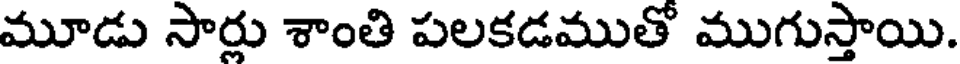
మూడు సార్లు శాంతి పలకడముతో ముగుస్తాయి.